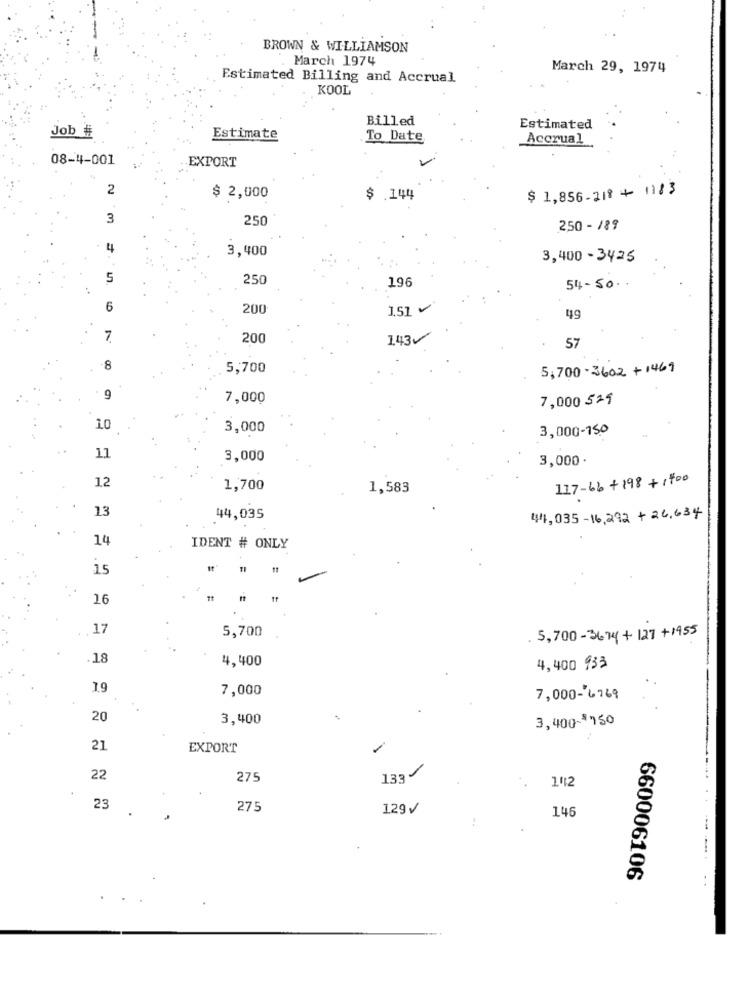
BROWN & WILLIAMSON
. March 1974
March 29, 1974
Estimated Billing and Accrual
KOOL
Billed
Job #
Estimated
Estimate
To Date
Accrual
08-4-001
EXPORT
2
$ 1,856-218 + 1183
$ 2,000
$ .144
3
250
250 - 189
4
3,400
3,400-3425
5
250
196
54-50.
6
200
1.51
49
7
200
143
57
-8
5,700
5,700-3602+1469
7,000
7,000 529
10
3,000
3,000-150
11
3,000
3,000.
12
117-66+198 +1700
1,700
1,583
13
44,035
441,035-16,292 + 26,634
IDENT # ONLY
15
16
17
5,700
18
4,400
4,400 933
19
7,000
7,000-6769
20
3,400
3,400-$ 750
21
EXPORT
22
275
1.33
1112
25
275
129 V
146
660006106